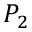
P _ { 2 }